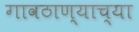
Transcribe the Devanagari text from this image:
गावठाण्याच्या